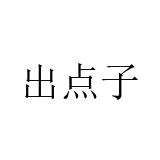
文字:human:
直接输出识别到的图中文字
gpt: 出点子